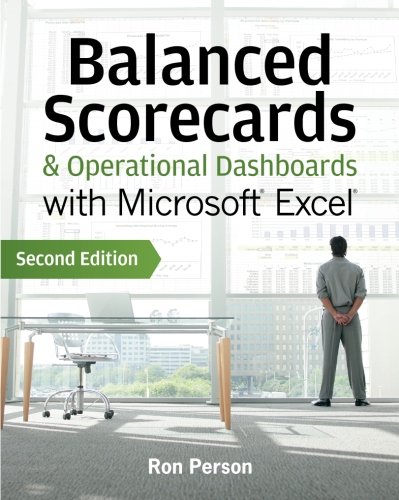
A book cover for Balanced Scorecards and Operational Dashboards with Microsoft Excel; Ron Person; Computers & Technology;